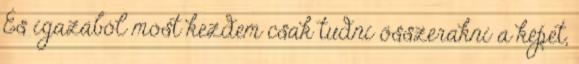
És igazából most kezdem csak tudni összerakni a képet,